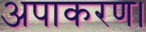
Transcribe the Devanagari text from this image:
अपाकरण।